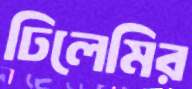
ঢিলেমির